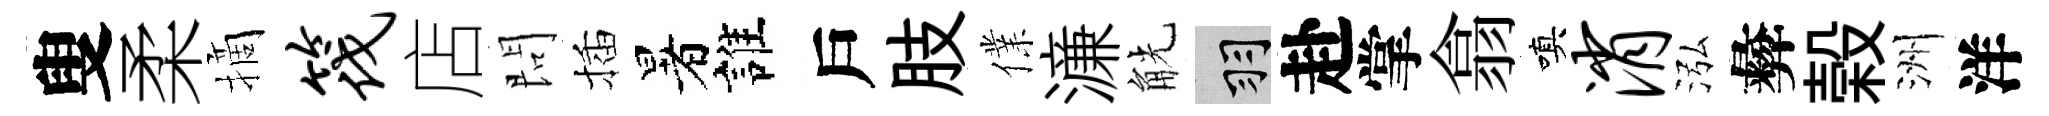
叟柔摘筏店問插暑誰戶肢㒒濓觥羽赴掌翕嗔消泓彜榖洲洋